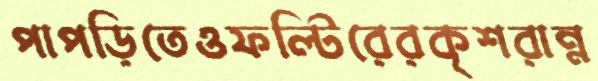
পাপড়িতেওফল্টিরেরকৃশরান্ন